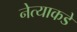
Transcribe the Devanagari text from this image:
नेत्याकडे